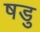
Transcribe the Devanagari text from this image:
षडु